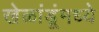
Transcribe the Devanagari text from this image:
खेळांडूंमध्ये